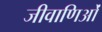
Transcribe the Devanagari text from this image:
जीवाणिओं